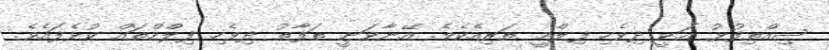
ސިއްތިފުޅު އަކީ ދިވެހި ފިލްމީ ތަރިއެކެވެ. އޭނާވަނީ ތަފާތު ދިވެހި ފިލްމްތައް ކުޅެފައެވެ.